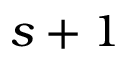
s + 1